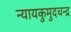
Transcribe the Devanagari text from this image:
न्यायकुमुदचन्द्र